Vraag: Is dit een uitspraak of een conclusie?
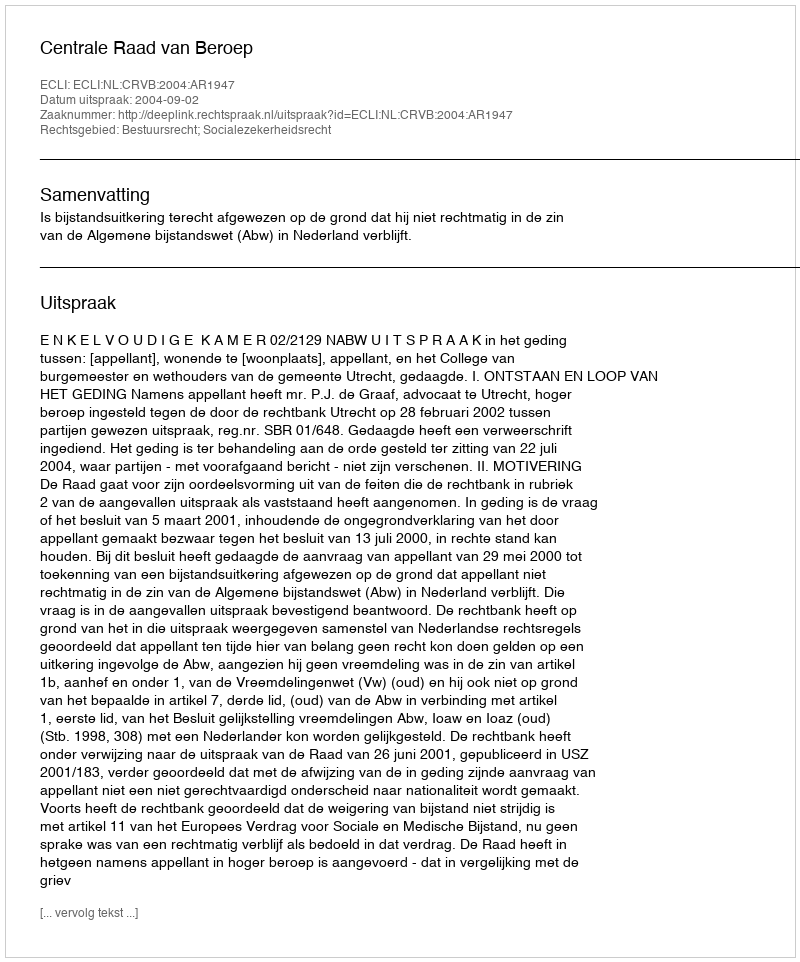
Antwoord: Uitspraak